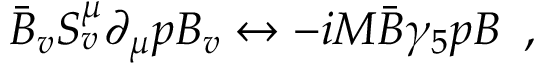
\bar { B } _ { v } S _ { v } ^ { \mu } \partial _ { \mu } p B _ { v } \leftrightarrow - i M \bar { B } \gamma _ { 5 } p B \, \, \, ,